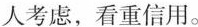
人考虑，看重信用。